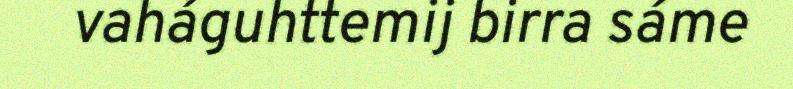
vaháguhttemij birra sáme